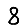
Digit: 8